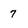
Character: 7